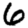
Digit: 6